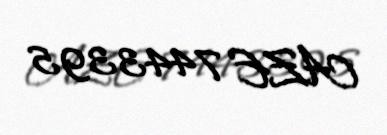
AZE 7443395